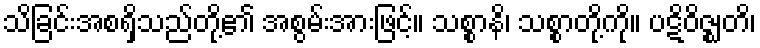
သိခြင်းအစရှိသည်တို့၏ အစွမ်းအားဖြင့်။ သစ္စာနိ၊ သစ္စာတို့ကို။ ပဋိဝိဇ္ဈတိ၊